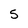
Character: 5